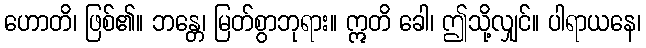
ဟောတိ၊ ဖြစ်၏။ ဘန္တေ၊ မြတ်စွာဘုရား။ ဣတိ ခေါ၊ ဤသို့လျှင်။ ပါရာယနေ၊